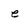
Character: e